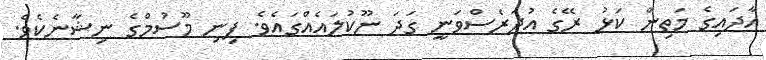
އާދައިގެ މަތިން ކަޅު ރޭގެ އުދަރެސްވަނީ ގަދަ ނޫކުލައެއްގައެވެ. ފިނި މޫސުމްގެ ނިޝާނެކެވެ.